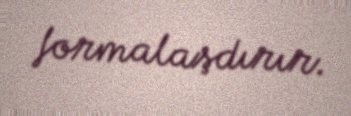
formalaşdırır.